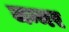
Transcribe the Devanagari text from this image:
जन्मर